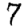
Digit: 7